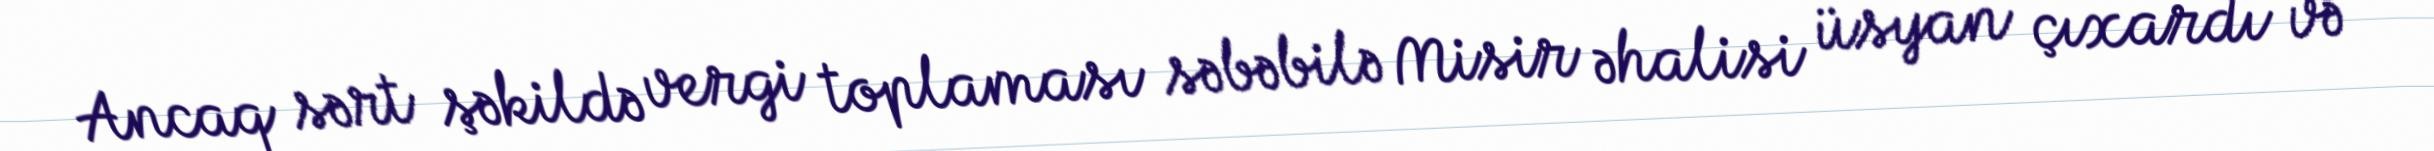
Ancaq sərt şəkildə vergi toplaması səbəbilə Misir əhalisi üsyan çıxardı və